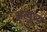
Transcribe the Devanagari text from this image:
अत्युच्य